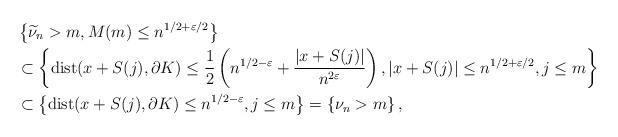
LaTeX: \begin{align*} &\left\{\widetilde{\nu}_n> m, M(m)\le n^{1/2+\varepsilon/2}\right\}\\ &\subset\left\{{\rm dist}(x+S(j),\partial K)\le \frac{1}{2}\left(n^{1/2-\varepsilon}+\frac{|x+S(j)|}{n^{2\varepsilon}}\right), |x+S(j)|\le n^{1/2+\varepsilon/2}, j\le m\right\}\\ &\subset\left\{{\rm dist}(x+S(j),\partial K)\le n^{1/2-\varepsilon}, j\le m\right\} =\left\{\nu_n> m\right\}, \end{align*}